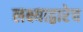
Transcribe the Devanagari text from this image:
लक्ष्याद्वारेच